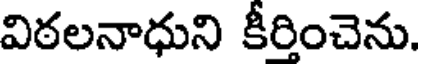
విఠలనాధుని కీరించెను.